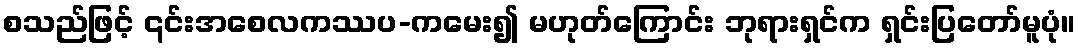
စသည်ဖြင့် ၎င်းအစေလကဿပ-ကမေး၍ မဟုတ်ကြောင်း ဘုရားရှင်က ရှင်းပြတော်မူပုံ။